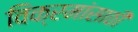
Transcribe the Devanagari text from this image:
विक्रमांसाठी